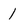
Character: 1